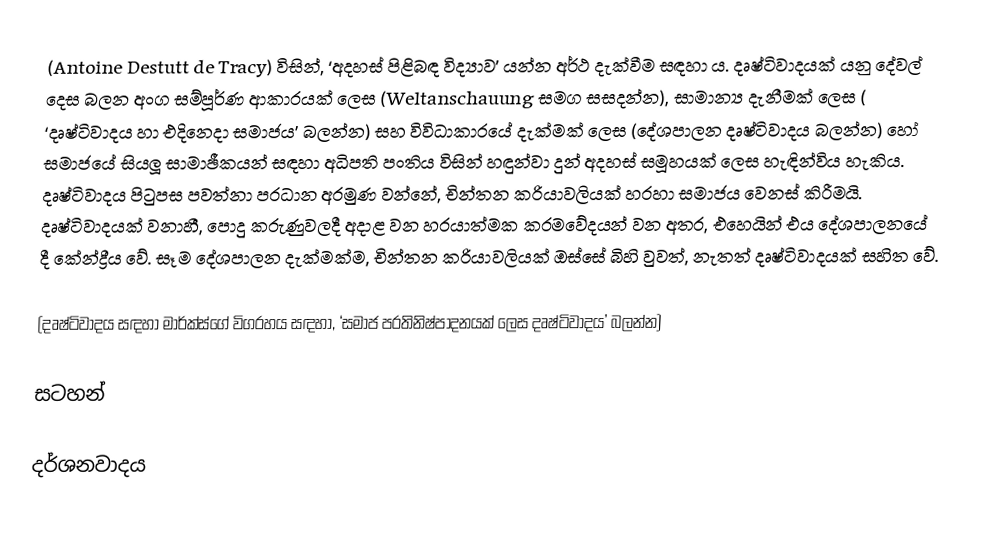
(Antoine Destutt de Tracy)  විසින්, ‘අදහස් පිළිබඳ විද්‍යාව’ යන්න අර්ථ දැක්වීම සඳහා ය. දෘෂ්ටිවාදයක් යනු දේවල් දෙස බලන අංග සම්පූර්ණ ආකාරයක් ලෙස (Weltanschauung සමග සසදන්න), සාමාන්‍ය දැනීමක් ලෙස ( ‘දෘෂ්ටිවාදය හා එදිනෙදා සමාජය’ බලන්න) සහ විවිධාකාරයේ දැක්මක් ලෙස (දේශපාලන දෘෂ්ටිවාදය බලන්න) හෝ සමාජයේ සියලූ සාමාඡීකයන් සඳහා අධිපති පංතිය විසින් හඳුන්වා දුන් අදහස් සමූහයක් ලෙස හැඳින්විය හැකිය. දෘෂ්ටිවාදය පිටුපස පවත්නා ප‍්‍රධාන අරමුණ වන්නේ, චින්තන ක‍්‍රියාවලියක් හරහා සමාජය වෙනස් කිරීමයි. දෘෂ්ටිවාදයක් වනාහී, පොදු කරුණුවලදී අදාළ වන හරයාත්මක ක‍්‍රමවේදයන් වන අතර, එහෙයින් එය දේශපාලනයේ දී කේන්ද්‍රීය වේ. සෑම දේශපාලන දැක්මක්ම, චින්තන ක‍්‍රියාවලියක් ඔස්සේ බිහි වුවත්, නැතත් දෘෂ්ටිවාදයක් සහිත වේ.

(දෘෂ්ටිවාදය සඳහා මාර්ක්ස්ගේ විග‍්‍රහය සඳහා, ‘සමාජ ප‍්‍රතිනිෂ්පාදනයක් ලෙස දෘෂ්ටිවාදය’ බලන්න)

සටහන්

දර්ශනවාදය